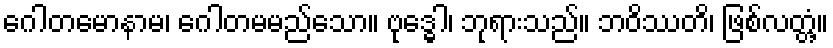
ဂေါတမောနာမ၊ ဂေါတမမည်သော။ ဗုဒ္ဓေါ၊ ဘုရားသည်။ ဘဝိဿတိ၊ ဖြစ်လတ္တံ့။